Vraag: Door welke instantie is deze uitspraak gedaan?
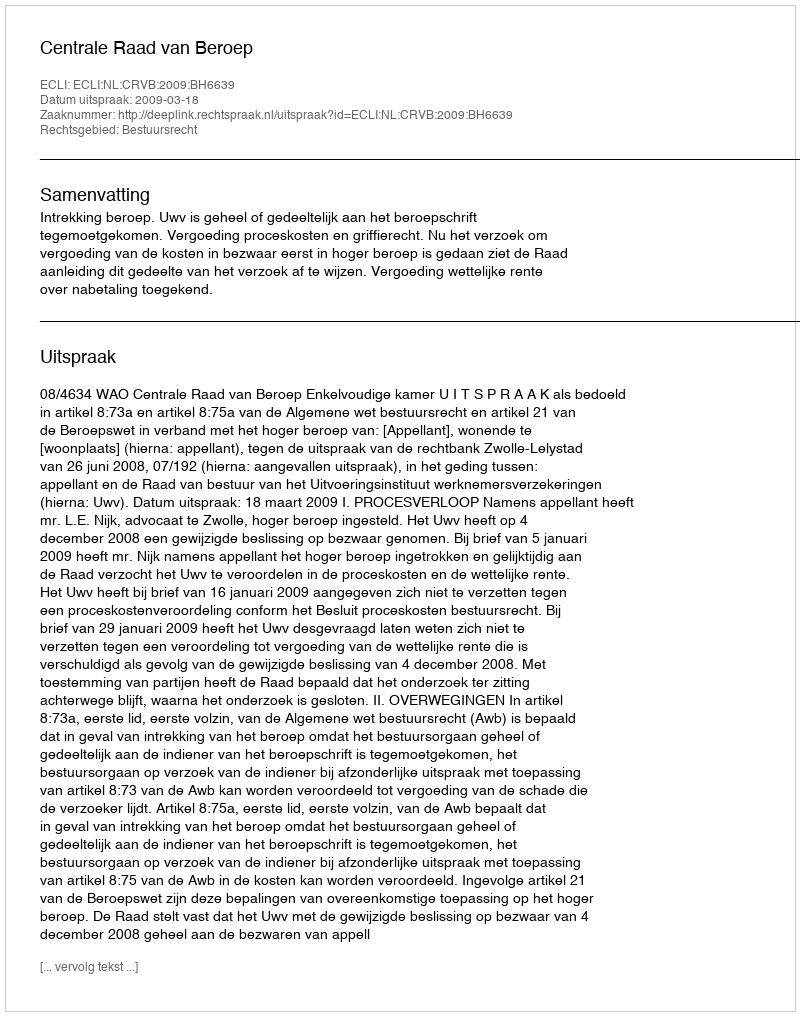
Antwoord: Centrale Raad van Beroep